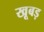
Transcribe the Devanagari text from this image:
खूबड़